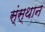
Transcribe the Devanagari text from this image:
स्ंस्थान